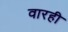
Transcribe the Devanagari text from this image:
वारही